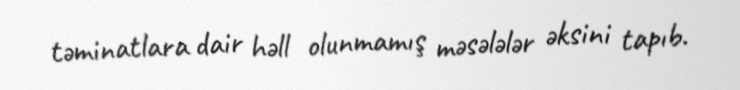
təminatlara dair həll olunmamış məsələlər əksini tapıb.